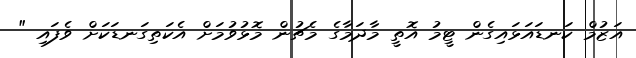
އަޒުމް ކަނޑައަޅައިގެން ޓީމު އޮތީ މާދަމާގެ މެޗުން މޮޅުވުމަށް އެކަތިގަނޑަކަށް ވެފައި "